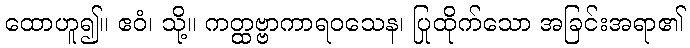
ထောဟူ၍။ ဧဝံ၊ သို့။ ကတ္ထဗ္ဗာကာရဝသေန၊ ပြုထိုက်သော အခြင်းအရာ၏